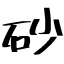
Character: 砂